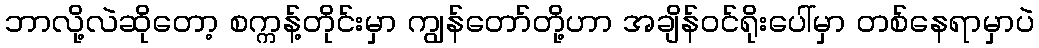
ဘာလို့လဲဆိုတော့ စက္ကန့်တိုင်းမှာ ကျွန်တော်တို့ဟာ အချိန်ဝင်ရိုးပေါ်မှာ တစ်နေရာမှာပဲ